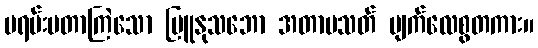
ပရမ်းပတာကြဲသော မြူနုသဘော အတာမသတ် ပျက်လေစွတကား။